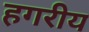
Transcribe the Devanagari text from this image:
हगरीय